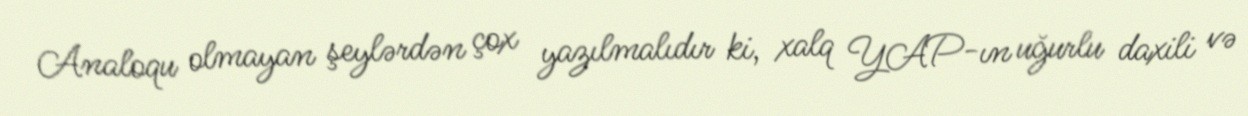
Analoqu olmayan şeylərdən çox yazılmalıdır ki, xalq YAP-ın uğurlu daxili və